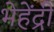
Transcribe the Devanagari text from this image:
भेहेंद्री